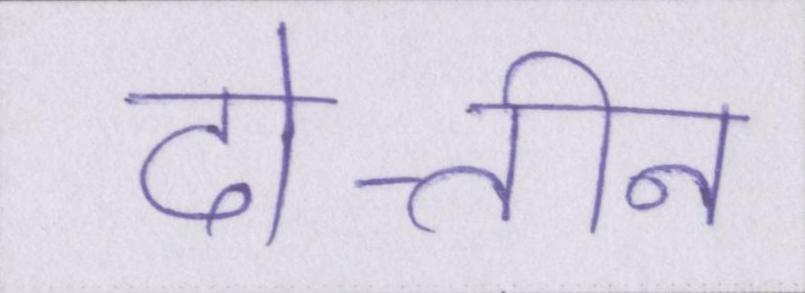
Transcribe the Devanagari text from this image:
दो-तीन